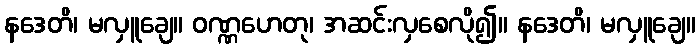
နဒေတိ၊ မလှူချေ။ ဝဏ္ဏဟေတု၊ အဆင်းလှစေလို၍။ နဒေတိ၊ မလှူချေ။